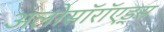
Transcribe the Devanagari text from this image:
अलोसॉरॉएड्स